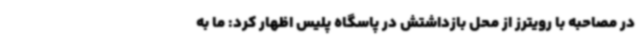
در مصاحبه با رویترز از محل بازداشتش در پاسگاه پلیس اظهار کرد: ما به